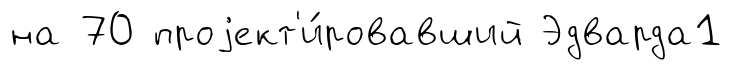
на 70 проjект'и́ровавший Эдварда1